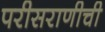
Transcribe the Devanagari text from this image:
परीसराणीची